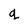
Character: q